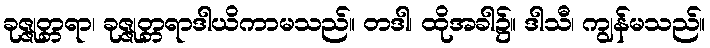
ခုဇ္ဇုတ္တရာ၊ ခုဇ္ဇုတ္တရာဒါယိကာမသည်။ တဒါ၊ ထိုအခါ၌။ ဒါသီ၊ ကျွန်မသည်။